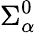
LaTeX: \Sigma_{\alpha}^{0}